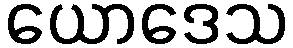
ယောဒေသ